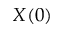
X ( 0 )